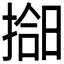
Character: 𫽰